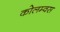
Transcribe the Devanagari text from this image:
कोलम्वस